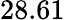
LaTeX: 28.61